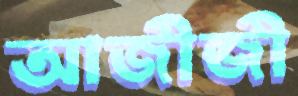
আজীজী